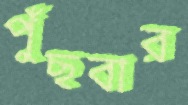
পুঁছবার